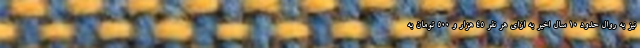
نیز به روال حدود ۱۰ سال اخیر به ازای هر نفر ۴۵ هزار و ۵۰۰ تومان به